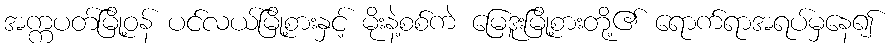
အက္ကပတ်မြို့ဝန် ပင်လယ်မြို့စားနှင့် မိုးနဲ့စစ်ကဲ မြေဒူးမြို့စားတို့၏ ရောက်ရာအရပ်မှနေ၍